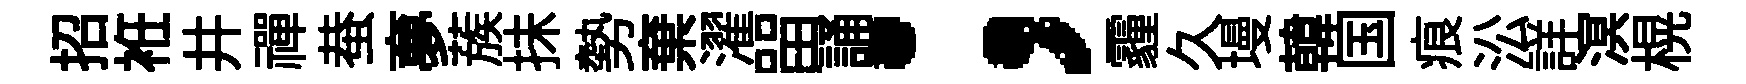
招袵井禪蛬夣蔟抺勢棄濯㽞誦；霾久墁韓国痕㳂詳溟榥